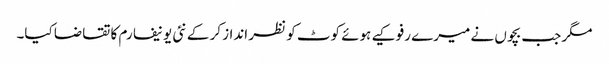
مگر جب بچوں نے میرے رفو کیے ہوئے کوٹ کو نظر انداز کر کے نئی یونیفارم کا تقاضا کیا۔